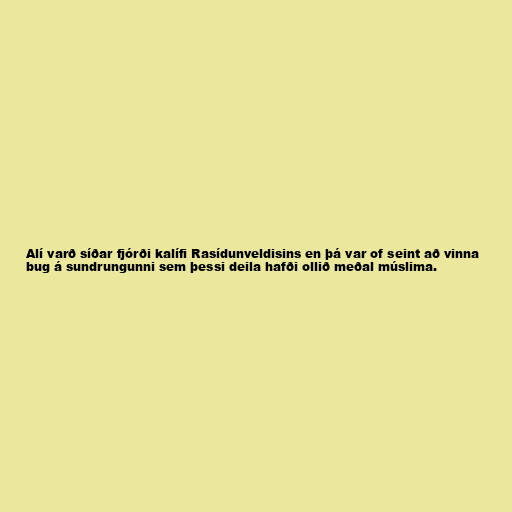
Alí varð síðar fjórði kalífi Rasídunveldisins en þá var of seint að vinna
bug á sundrungunni sem þessi deila hafði ollið meðal múslima.